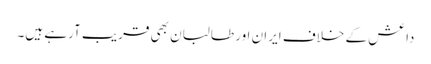
داعش کے خلاف ایران اور طالبان بھی قریب آرہے ہیں۔